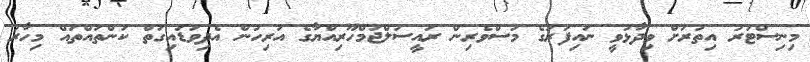
މިނިސްޓަރު އިތުރަށް ވިދާޅުވީ ނައިފަރުގެ މަސްވެރިން ރައީސުލްޖުމްހޫރިއްޔާގެ އަރިހުން އެދިވަޑައިގަތް ކަންތައްތައް މިހާރު